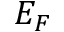
E _ { F }